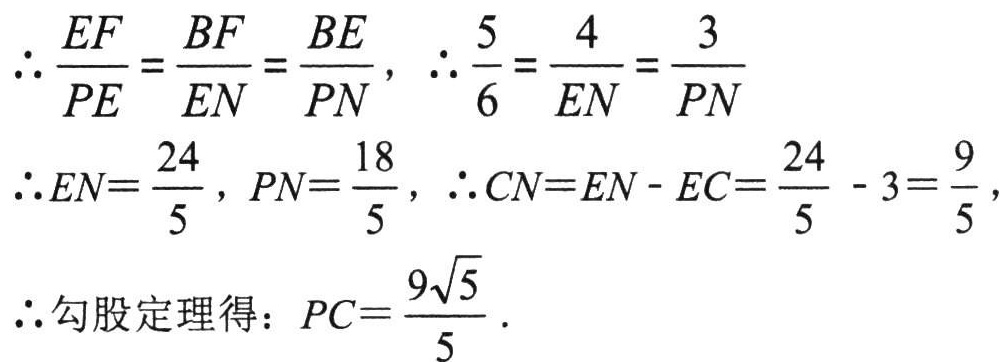
\[\begin{align*}

&\therefore \frac{EF}{PE}=\frac{BF}{EN}=\frac{BE}{PN},\ \therefore \frac{5}{6}=\frac{4}{EN}=\frac{3}{PN}\\

&\therefore EN = \frac{24}{5},\ PN=\frac{18}{5},\ \therefore CN=EN - EC=\frac{24}{5}-3=\frac{9}{5},\\

&\therefore\text{勾股定理得：}PC = \frac{9\sqrt{5}}{5}.

\end{align*}\]